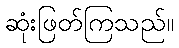
ဆုံးဖြတ်ကြသည်။